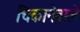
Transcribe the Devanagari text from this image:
चिकानेवाले